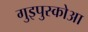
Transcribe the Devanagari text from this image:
गुइपुस्कोआ